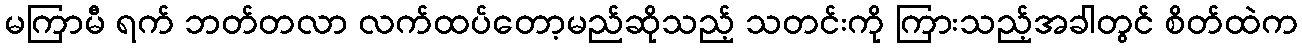
မကြာမီ ရက် ဘတ်တလာ လက်ထပ်တော့မည်ဆိုသည့် သတင်းကို ကြားသည့်အခါတွင် စိတ်ထဲက